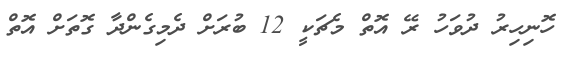
ހޮނިހިރު ދުވަހު ރޭ އޮތް މެޗަކީ 12 ބުރަށް ދެމިގެންދާ ގޮތަށް އޮތް